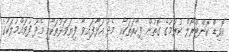
ކޮވިޑް ކޮންޓްރޯލް ކުރުމުގެ ގޮތުން ފިހާރަތަކާއި މެދު އަޅާފައިވާ ފިޔަވަޅުތަކާއި މެދު ފުވައްމުލަކުގެ